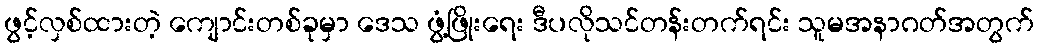
ဖွင့်လှစ်ထားတဲ့ ကျောင်းတစ်ခုမှာ ဒေသ ဖွံ့ဖြိုးရေး ဒီပလိုသင်တန်းတက်ရင်း သူမအနာဂတ်အတွက်